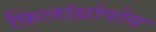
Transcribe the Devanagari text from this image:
फ़िलांथ्रोपोस